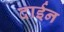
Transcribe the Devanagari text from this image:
दाईन